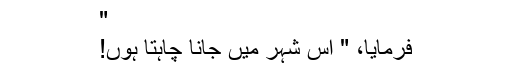
"
فرمایا، " اس شہر میں جانا چاہتا ہوں!